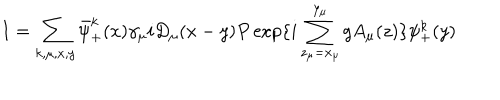
I = \sum _ { k , \mu , x , y } \bar { \psi } _ { + } ^ { k } ( x ) \gamma _ { \mu } i D _ { \mu } ( x - y ) P \exp \{ i \sum _ { z _ { \mu } = x _ { \mu } } ^ { y _ { \mu } } g A _ { \mu } ( z ) \} \psi _ { + } ^ { k } ( y )